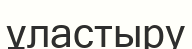
ұластыру